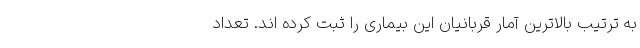
به ترتیب بالاترین آمار قربانیان این بیماری را ثبت کرده اند. تعداد